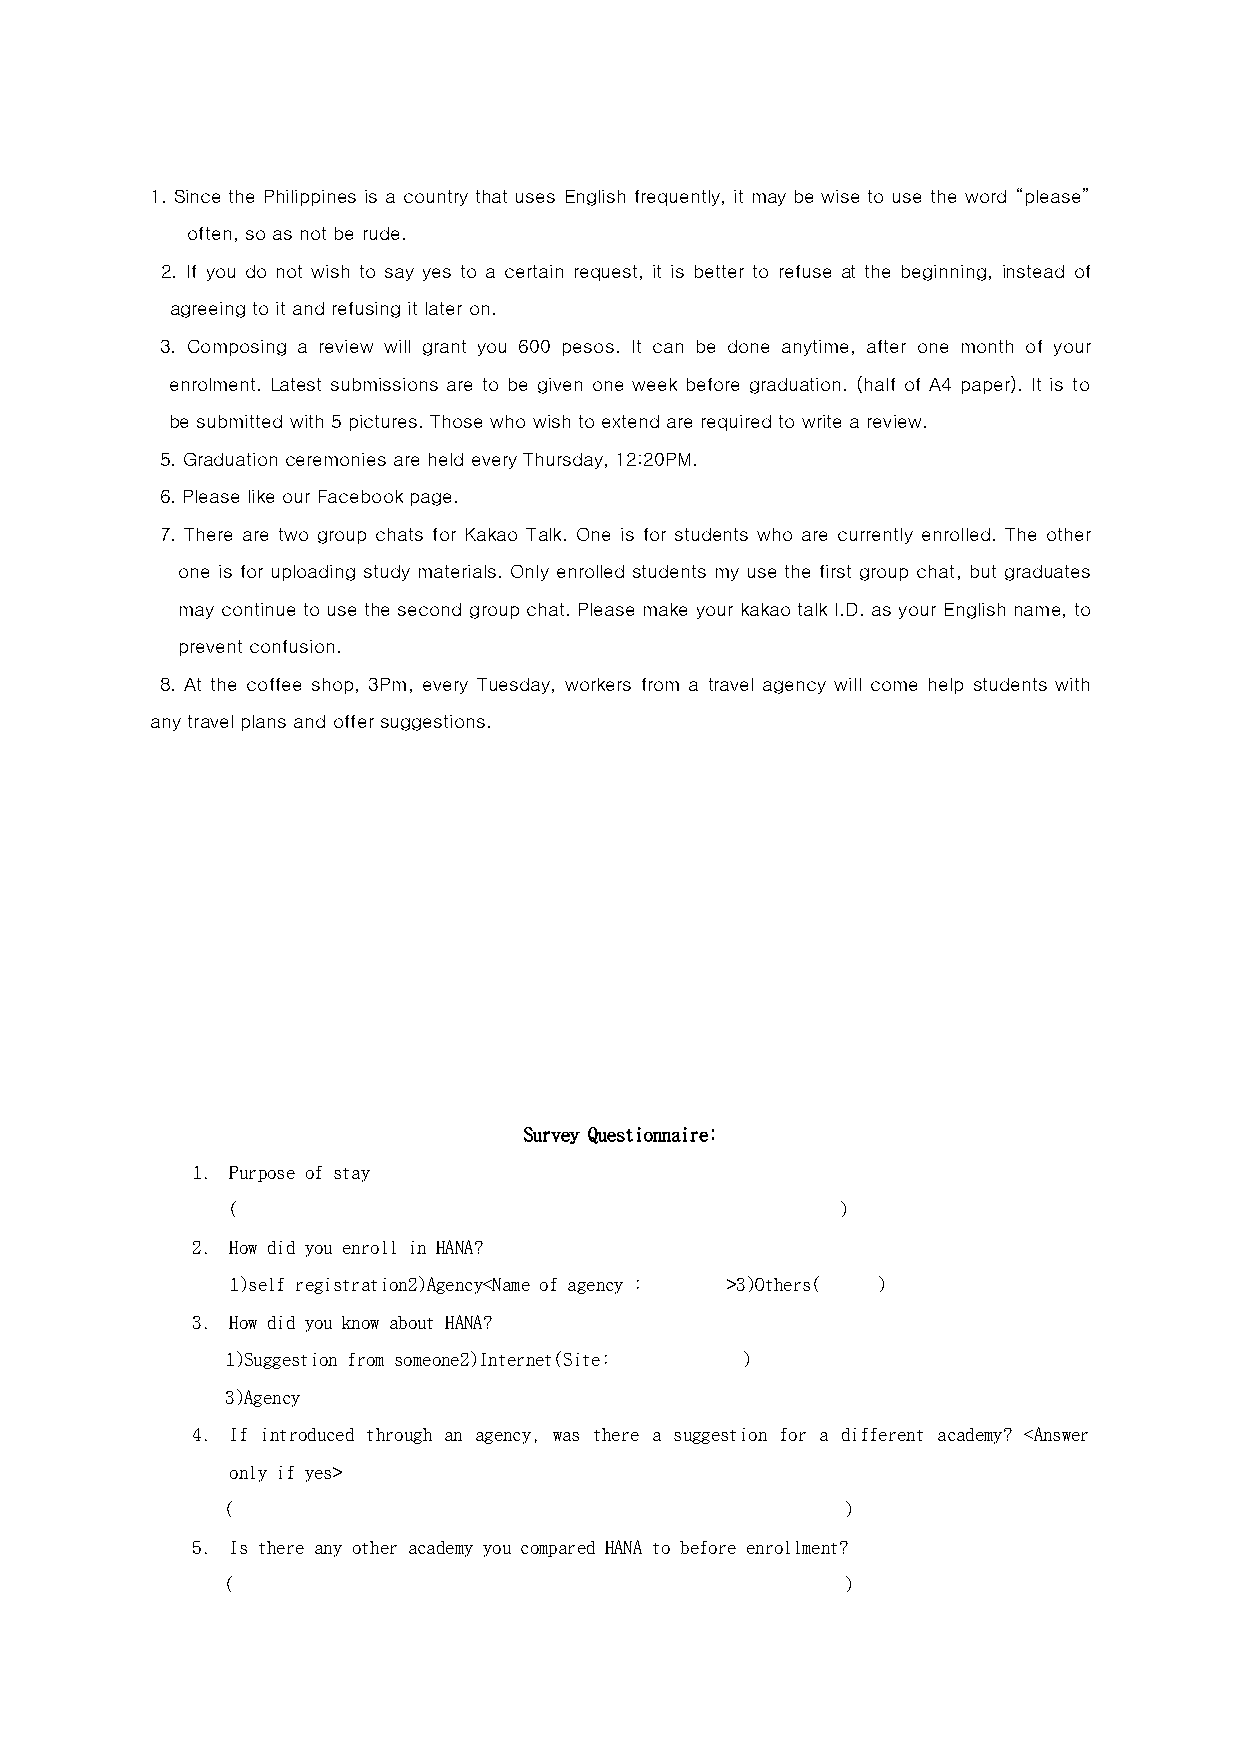
1. Since the Philippines is a country that uses English frequently, it may be wise to use the word “please”
 often, so as not be rude.
 2. If you do not wish to say yes to a certain request, it is better to refuse at the beginning, instead of
 agreeing to it and refusing it later on.
 3. Composing a review will grant you 600 pesos. It can be done anytime, after one month of your
 enrolment. Latest submissions are to be given one week before graduation. (half of A4 paper). It is to
 be submitted with 5 pictures. Those who wish to extend are required to write a review.
 5. Graduation ceremonies are held every Thursday, 12:20PM.
 6. Please like our Facebook page.
 7. There are two group chats for Kakao Talk. One is for students who are currently enrolled. The other
 one is for uploading study materials. Only enrolled students my use the first group chat, but graduates
 may continue to use the second group chat. Please make your kakao talk I.D. as your English name, to
 prevent confusion.
 8. At the coffee shop, 3Pm, every Tuesday, workers from a travel agency will come help students with
 any travel plans and offer suggestions.
 Survey Questionnaire:
 1. Purpose of stay
 (                                        )
 2. How did you enroll in HANA?
 1)self registration2)Agency<Name of agency : >3)Others( )
 3. How did you know about HANA?
 1)Suggestion from someone2)Internet(Site: )
 3)Agency
 4. If introduced through an agency, was there a suggestion for a different academy? <Answer
 only if yes>
 (                                        )
 5. Is there any other academy you compared HANA to before enrollment?
 (                                        )